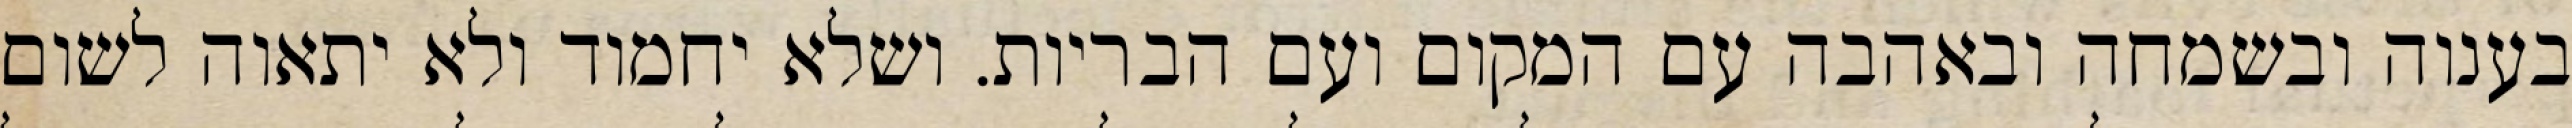
בענוה ובשמחה ובאהבה עם המקום ועם הבריות. ושלא יחמוד ולא יתאוה לשום